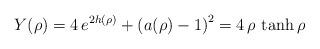
LaTeX: \begin{align*}Y(\rho) = 4 \,e^{2 h(\rho)} + \left( a(\rho) -1\right)^2 = 4 \,\rho\,\tanh \rho \quad\end{align*}